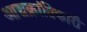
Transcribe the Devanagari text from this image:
आद्यक्रांतिकारी